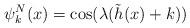
LaTeX: \begin{align*}\psi^N_k(x) = \cos(\lambda (\tilde h(x) + k) )\end{align*}